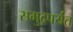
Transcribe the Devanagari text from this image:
समुद्रपर्यंत